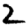
Digit: 2